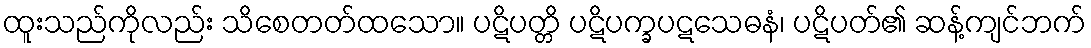
ထူးသည်ကိုလည်း သိစေတတ်ထသော။ ပဋိပတ္တိ ပဋိပက္ခပဋသေဓနံ၊ ပဋိပတ်၏ ဆန့်ကျင်ဘက်